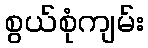
စွယ်စုံကျမ်း